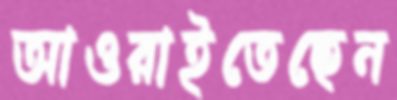
আওরাইতেছেন